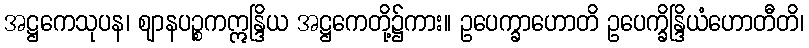
အဋ္ဌကေသုပန၊ ဈာနပဉ္စကဣန္ဒြိယ အဋ္ဌကေတို့၌ကား။ ဥပေက္ခာဟောတိ ဥပေက္ခိန္ဒြိယံဟောတီတိ၊